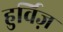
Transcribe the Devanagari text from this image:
हुर्विज़